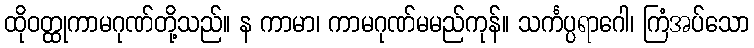
ထိုဝတ္ထုကာမဂုဏ်တို့သည်။ န ကာမာ၊ ကာမဂုဏ်မမည်ကုန်။ သင်္ကပ္ပရာဂေါ၊ ကြံအပ်သော